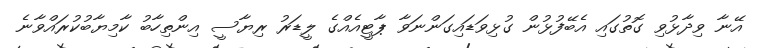
އޭނާ ވިދާޅުވި ގޮތުގައި އެބޭފުޅުން ގުޅިވަޑައިގަންނަވާ ޕާޓީއެއްގެ ލީޑަރު ރިޔާސީ އިންތިހާބު ކާމިޔާބުކުރައްވާނެ